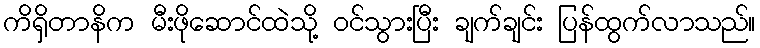
ကိရှိတာနိက မီးဖိုဆောင်ထဲသို့ ဝင်သွားပြီး ချက်ချင်း ပြန်ထွက်လာသည်။